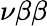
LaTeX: \nu\beta\beta